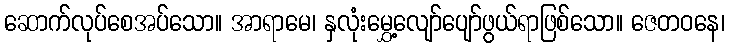
ဆောက်လုပ်စေအပ်သော။ အာရာမေ၊ နှလုံးမွှေ့လျော်ပျော်ဖွယ်ရာဖြစ်သော။ ဇေတဝနေ၊